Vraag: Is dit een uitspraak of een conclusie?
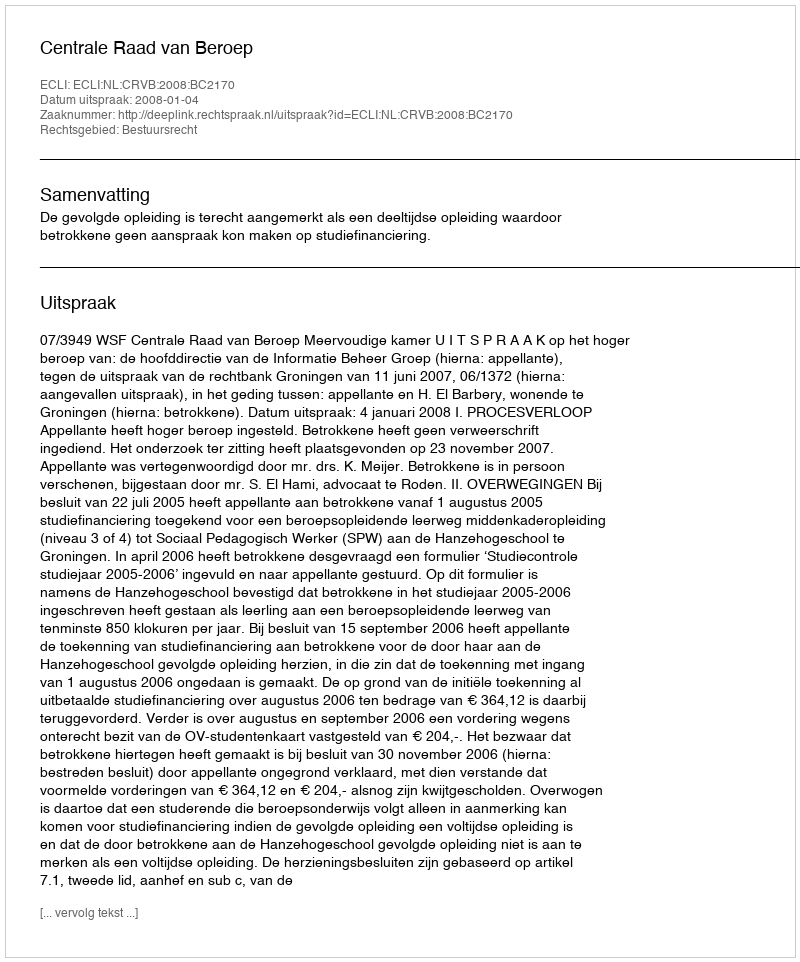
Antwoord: Uitspraak